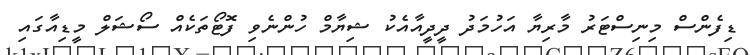
ޑިފެންސް މިނިސްޓަރު މާރިޔާ އަހުމަދު ދީދީއާއެކު ޝިޔާމް ހުންނެވި ފޮޓޯތަކެއް ސޯޝަލް މީޑިއާގައި